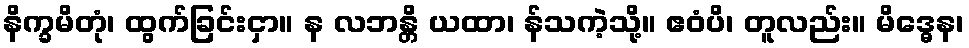
နိက္ခမိတုံ၊ ထွက်ခြင်းငှာ။ န လဘန္တိ ယထာ၊ န်သကဲ့သို့။ ဧဝံပိ၊ တူလည်း။ မိဒ္ဓေန၊